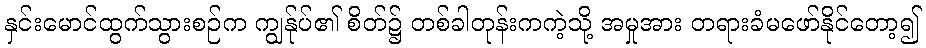
နှင်းမောင်ထွက်သွားစဉ်က ကျွန်ုပ်၏ စိတ်၌ တစ်ခါတုန်းကကဲ့သို့ အမှုအား တရားခံမဖော်နိုင်တော့၍